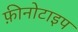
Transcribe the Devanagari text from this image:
फ़ीनोटाइप